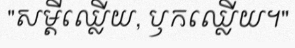
"សម្តីឈ្លើយ, ឫកឈ្លើយ។"